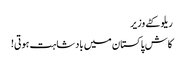
ریلو کٹے وزیر
کاش پاکستان میں بادشاہت ہوتی!